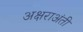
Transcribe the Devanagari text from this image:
अक्षराअंती